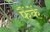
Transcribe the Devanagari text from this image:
फैंकें